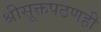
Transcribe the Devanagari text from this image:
श्रीसूक्तपठणही